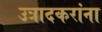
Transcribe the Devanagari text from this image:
उत्रादकरांना